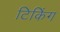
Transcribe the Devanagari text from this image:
टिकिंग